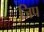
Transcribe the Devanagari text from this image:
जि़प